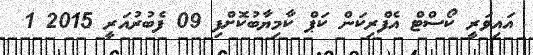
އައިވަރީ ކޯސްޓް އެފްރިކަން ކަޕް ކާމިޔާބުކޮށްފި 09 ފެބުރުއަރީ 2015 1